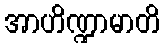
အာဟိဏ္ဍာမာတိ